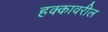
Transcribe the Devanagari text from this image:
हक्कावरील